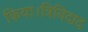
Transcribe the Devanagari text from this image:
किया।त्रिनिदाद